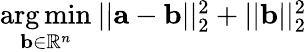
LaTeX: \begin{array}{r}{\underset{\mathbf{b}\in\mathbb{R}^{n}}{\mathrm{arg}\, \mathrm{min}}\: ||\mathbf{a}-\mathbf{b}||_{2}^{2}+||\mathbf{b}||_{2}^{2}}\end{array}